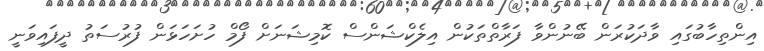
އިންތިހާބުގައި ވާދަކުރަން ބޭނުންވާ ފަރާތްތަކުން އިލެކްޝަންސް ކޮމިޝަނަށް ފޯމް ހުށަހަޅަން ފުރުސަތު ދީފައިވަނީ